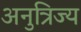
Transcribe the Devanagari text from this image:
अनुत्रिज्य